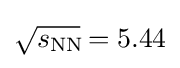
{\sqrt {s_{\operatorname {N} \!\operatorname {N} \!}}}=5.44